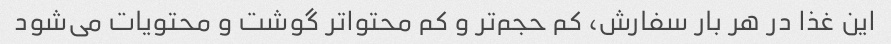
این غذا در هر بار سفارش، کم حجم‌تر و کم‌ محتوا‌تر گوشت و محتویات می‌شود